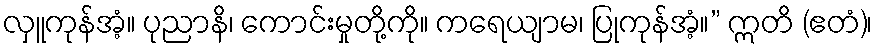
လှူကုန်အံ့။ ပုညာနိ၊ ကောင်းမှုတို့ကို။ ကရေယျာမ၊ ပြုကုန်အံ့။” ဣတိ (ဧတံ)၊